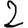
Digit: 2